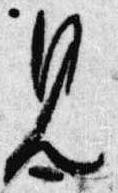
見